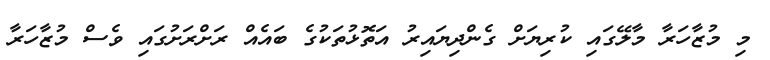
މި މުޒާހަރާ މާލޭގައި ކުރިޔަށް ގެންދިޔައިރު އަތޮޅުތަކުގެ ބައެއް ރަށްރަށުގައި ވެސް މުޒާހަރާ